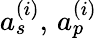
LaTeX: a_{s}^{(i)},\, a_{p}^{(i)}